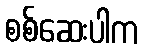
စစ်ဆေးပါက